Annual report on the Civil Veterinary Department, Burma (including the Insein Veterinary School) - 1923-1931
Year: 1923
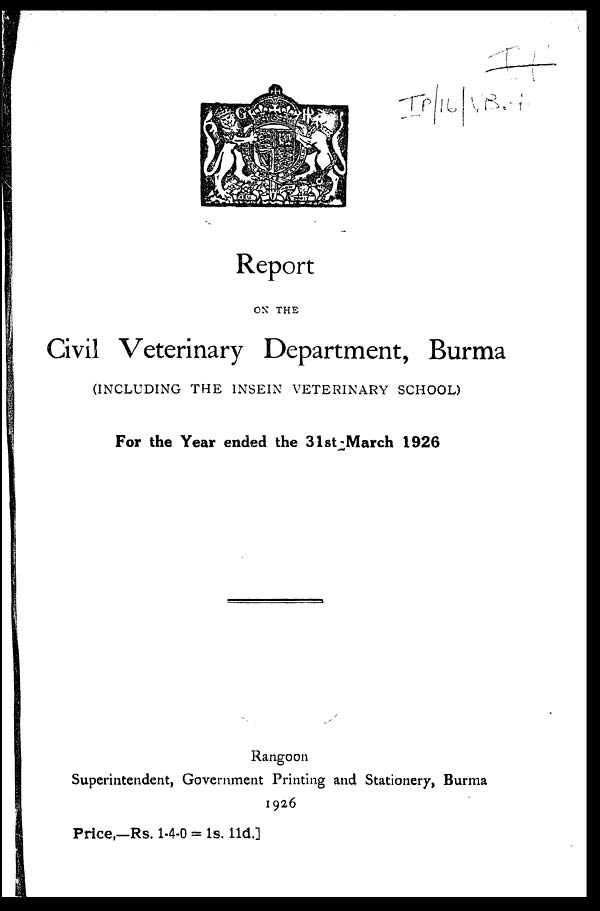
Report
ON THE
Civil Veterinary Department, Burma
(INCLUDING THE INSEIN VETERINARY SCHOOL)
For the Year ended the 31st March 1926
Rangoon
Superintendent, Government Printing and Stationery, Burma
1926
Price,—Rs. 1-4-0 = 1s. 11d.]